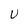
Character: U